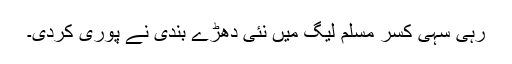
رہی سہی کسر مسلم لیگ میں نئی دھڑے بندی نے پوری کردی۔